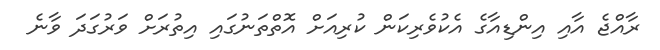
ރާއްޖެ އާއި އިންޑިއާގެ އެކުވެރިކަން ކުރިއަށް އޮތްތަނުގައި އިތުރަށް ވަރުގަދަ ވާނެ